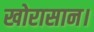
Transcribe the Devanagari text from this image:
खोरासान।